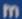
m